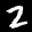
Label: 2